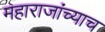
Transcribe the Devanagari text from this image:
महाराजांच्याच